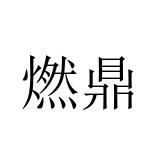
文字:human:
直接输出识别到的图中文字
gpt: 燃鼎